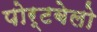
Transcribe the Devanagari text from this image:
पोर्टबेलो